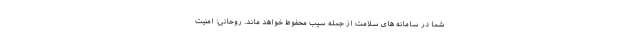
شما در سامانه های سلامت از جمله سیب محفوظ خواهد ماند. روحانی: امنیت